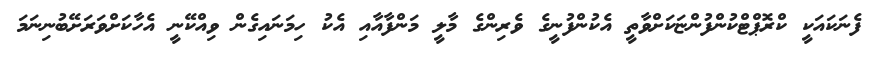
ފެނަކައަކީ ކްރޮޕްޓްކުންފުންޏަކަށްވާތީ އެކުންފުނީގެ ވެރިންގެ މާލީ މަންފާއާއި އެކު ހިމަނައިގެން ވިއްކޭނީ އެހާކަށްވަރަށޭބުނިނަމަ